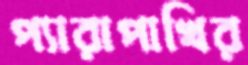
প্যারাপাখির